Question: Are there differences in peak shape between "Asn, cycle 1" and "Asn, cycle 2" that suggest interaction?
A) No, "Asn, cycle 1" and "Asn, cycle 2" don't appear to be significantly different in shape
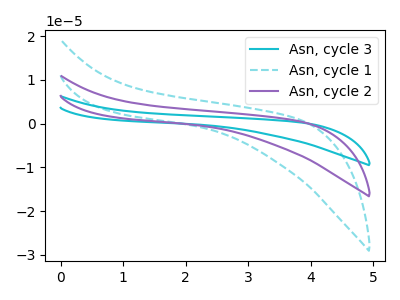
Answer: <think>The cyan curve "Asn, cycle 3" has no peaks. The cyan dashed curve "Asn, cycle 1" has no peaks. The purple curve "Asn, cycle 2" has no peaks.
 Neither "Asn, cycle 1" or "Asn, cycle 2" have any peaks.</think>
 <answer>A) No, "Asn, cycle 1" and "Asn, cycle 2" don't appear to be significantly different in shape</answer>
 <eval>A</eval>